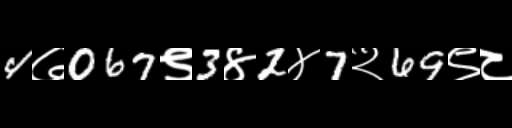
Text: 4७067९3४2४7२69९८